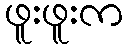
ဖူးဖူးက